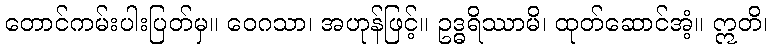
တောင်ကမ်းပါးပြတ်မှ။ ဝေဂသာ၊ အဟုန်ဖြင့်။ ဥဒ္ဓရိဿာမိ၊ ထုတ်ဆောင်အံ့။ ဣတိ၊